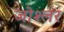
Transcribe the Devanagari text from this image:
जोश्लर